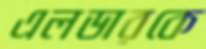
এলডারকে